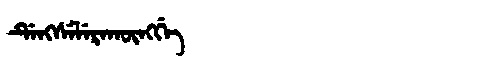
Manchu: ᡩᡝᠩᠰᡝᠯᡝᡵᠠᡴᡡᠩᡤᡝ
Romanization: DENGSELERAKŪNGGE